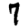
Digit: 7